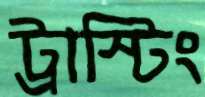
ট্রাস্টিং